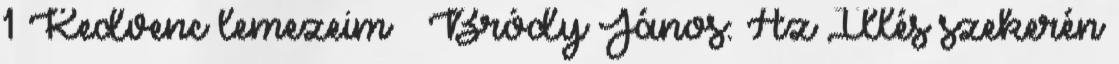
1 Kedvenc lemezeim – Bródy János: Az Illés szekerén